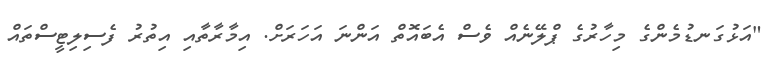
"އަޅުގަނޑުމެންގެ މިހާރުގެ ޕްލޭނެއް ވެސް އެބައޮތް އަންނަ އަހަރަށް. އިމާރާތާއި އިތުރު ފެސިލިޓީސްތައް